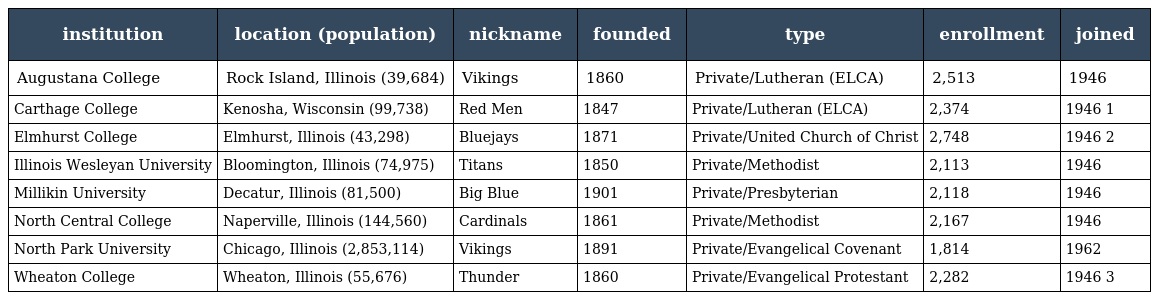
| institution | location (population) | nickname | founded | type | enrollment | joined |
 | --- | --- | --- | --- | --- | --- | --- |
 | Augustana College | Rock Island, Illinois (39,684) | Vikings | 1860 | Private/Lutheran (ELCA) | 2,513 | 1946 |
 | Carthage College | Kenosha, Wisconsin (99,738) | Red Men | 1847 | Private/Lutheran (ELCA) | 2,374 | 1946 1 |
 | Elmhurst College | Elmhurst, Illinois (43,298) | Bluejays | 1871 | Private/United Church of Christ | 2,748 | 1946 2 |
 | Illinois Wesleyan University | Bloomington, Illinois (74,975) | Titans | 1850 | Private/Methodist | 2,113 | 1946 |
 | Millikin University | Decatur, Illinois (81,500) | Big Blue | 1901 | Private/Presbyterian | 2,118 | 1946 |
 | North Central College | Naperville, Illinois (144,560) | Cardinals | 1861 | Private/Methodist | 2,167 | 1946 |
 | North Park University | Chicago, Illinois (2,853,114) | Vikings | 1891 | Private/Evangelical Covenant | 1,814 | 1962 |
 | Wheaton College | Wheaton, Illinois (55,676) | Thunder | 1860 | Private/Evangelical Protestant | 2,282 | 1946 3 |